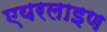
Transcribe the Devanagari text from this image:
एयरलाइण